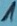
Text: 1